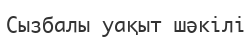
Сызбалы уақыт шәкілі